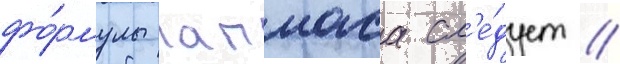
фо́рмулы лапласа сл'е́дует /